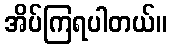
အိပ်ကြရပါတယ်။